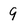
Character: 9